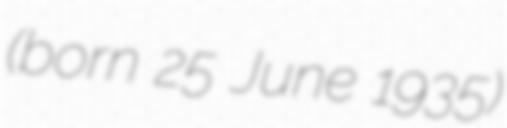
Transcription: (born 25 June 1935)